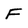
Character: F